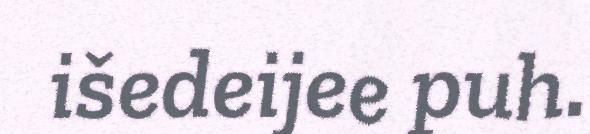
išedeijee puh.